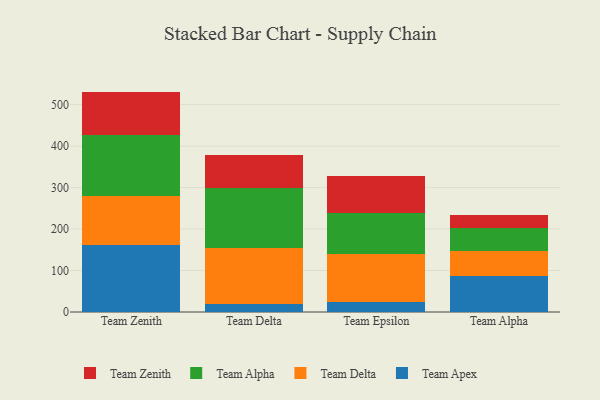
{"axis": {"x": "Team", "y": "LTV (USD)"}, "legend": ["Team Alpha", "Team Apex", "Team Delta", "Team Zenith"], "data": [{"x": "Team Zenith", "y": 161.2, "type": "Team Apex"}, {"x": "Team Zenith", "y": 118.5, "type": "Team Delta"}, {"x": "Team Zenith", "y": 146.1, "type": "Team Alpha"}, {"x": "Team Zenith", "y": 105.5, "type": "Team Zenith"}, {"x": "Team Delta", "y": 18.6, "type": "Team Apex"}, {"x": "Team Delta", "y": 135.6, "type": "Team Delta"}, {"x": "Team Delta", "y": 144.5, "type": "Team Alpha"}, {"x": "Team Delta", "y": 80.8, "type": "Team Zenith"}, {"x": "Team Epsilon", "y": 23.5, "type": "Team Apex"}, {"x": "Team Epsilon", "y": 115.7, "type": "Team Delta"}, {"x": "Team Epsilon", "y": 98.5, "type": "Team Alpha"}, {"x": "Team Epsilon", "y": 89.7, "type": "Team Zenith"}, {"x": "Team Alpha", "y": 87.9, "type": "Team Apex"}, {"x": "Team Alpha", "y": 59.2, "type": "Team Delta"}, {"x": "Team Alpha", "y": 55.7, "type": "Team Alpha"}, {"x": "Team Alpha", "y": 30.1, "type": "Team Zenith"}]}